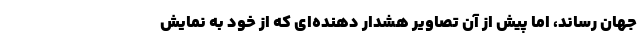
جهان رساند، اما پیش از آن تصاویر هشدار دهنده‌ای که از خود به نمایش